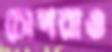
চোপরাও